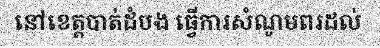
នៅខេត្តបាត់ដំបង ធ្វើការសំណូមពរដល់